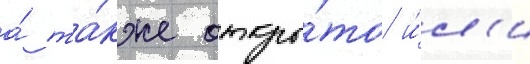
а́ та́кже откры́то и́л'и